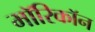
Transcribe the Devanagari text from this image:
माॅरिकाॅन